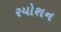
રયોશન